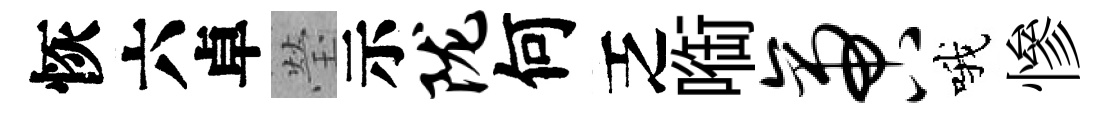
恢六卓瑩示陇何乏㗸啻哦慘